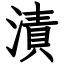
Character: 漬